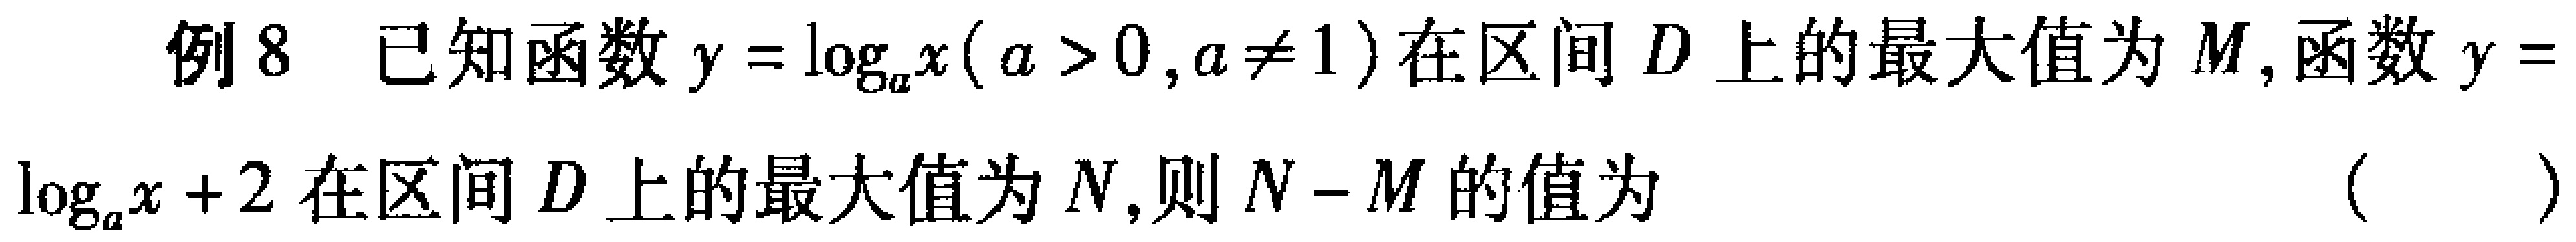
例8 已知函数\(y = \log_{a}x(a > 0,a\neq1)\)在区间\(D\)上的最大值为\(M\), 函数\(y = \log_{a}x + 2\)在区间\(D\)上的最大值为\(N\), 则\(N - M\)的值为 （  ）